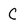
Character: C